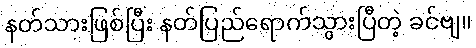
နတ်သားဖြစ်ပြီး နတ်ပြည်ရောက်သွားပြီတဲ့ ခင်ဗျ။